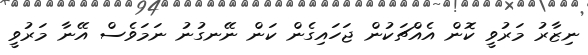
ނިޒާރު މަރުވީ ކޮން އެއްޗަކުން ޖަހައިގެން ކަން ނޭނގުނު ނަމަވެސް އޭނާ މަރުވީ